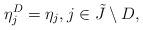
LaTeX: \begin{align*} \eta^D_j=\eta_j,j\in \tilde J\setminus D,\end{align*}